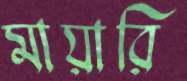
মায়ারি